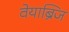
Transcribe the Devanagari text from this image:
वेयाब्रिज